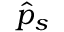
\hat { p } _ { s }